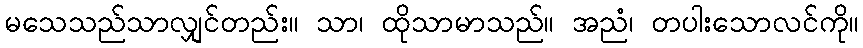
မသေသည်သာလျှင်တည်း။ သာ၊ ထိုသာမာသည်။ အညံ၊ တပါးသောလင်ကို။